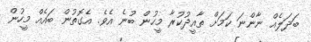
ބަދަލެއް ނާންނަ ކަމަށް ތާއީދުކުރާ މީހުން ބުނެ އެވެ. އެގޮތުން ބައެއް މީހުން